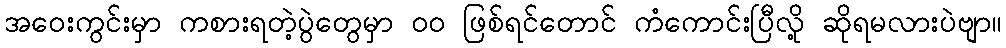
အဝေးကွင်းမှာ ကစားရတဲ့ပွဲတွေမှာ ၀၀ ဖြစ်ရင်တောင် ကံကောင်းပြီလို့ ဆိုရမလားပဲဗျာ။